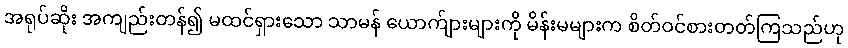
အရုပ်ဆိုး အကျည်းတန်၍ မထင်ရှားသော သာမန် ယောက်ျားများကို မိန်းမများက စိတ်ဝင်စားတတ်ကြသည်ဟု